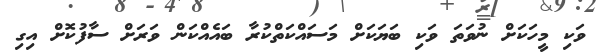
ވަކި މީހަކަށް ނުވަތަ ވަކި ބަޔަކަށް މަސައްކަތްކުރާ ބައެއްކަން ވަރަށް ސާފުކޮށް އިގި